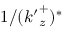
1 / ( { k ^ { \prime } } _ { z } ^ { + } ) ^ { * }